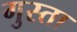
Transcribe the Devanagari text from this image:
गुस्ता